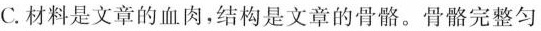
C.材料是文章的血肉，结构是文章的骨骼。骨骼完整匀